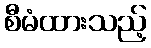
စီမံထားသည့်